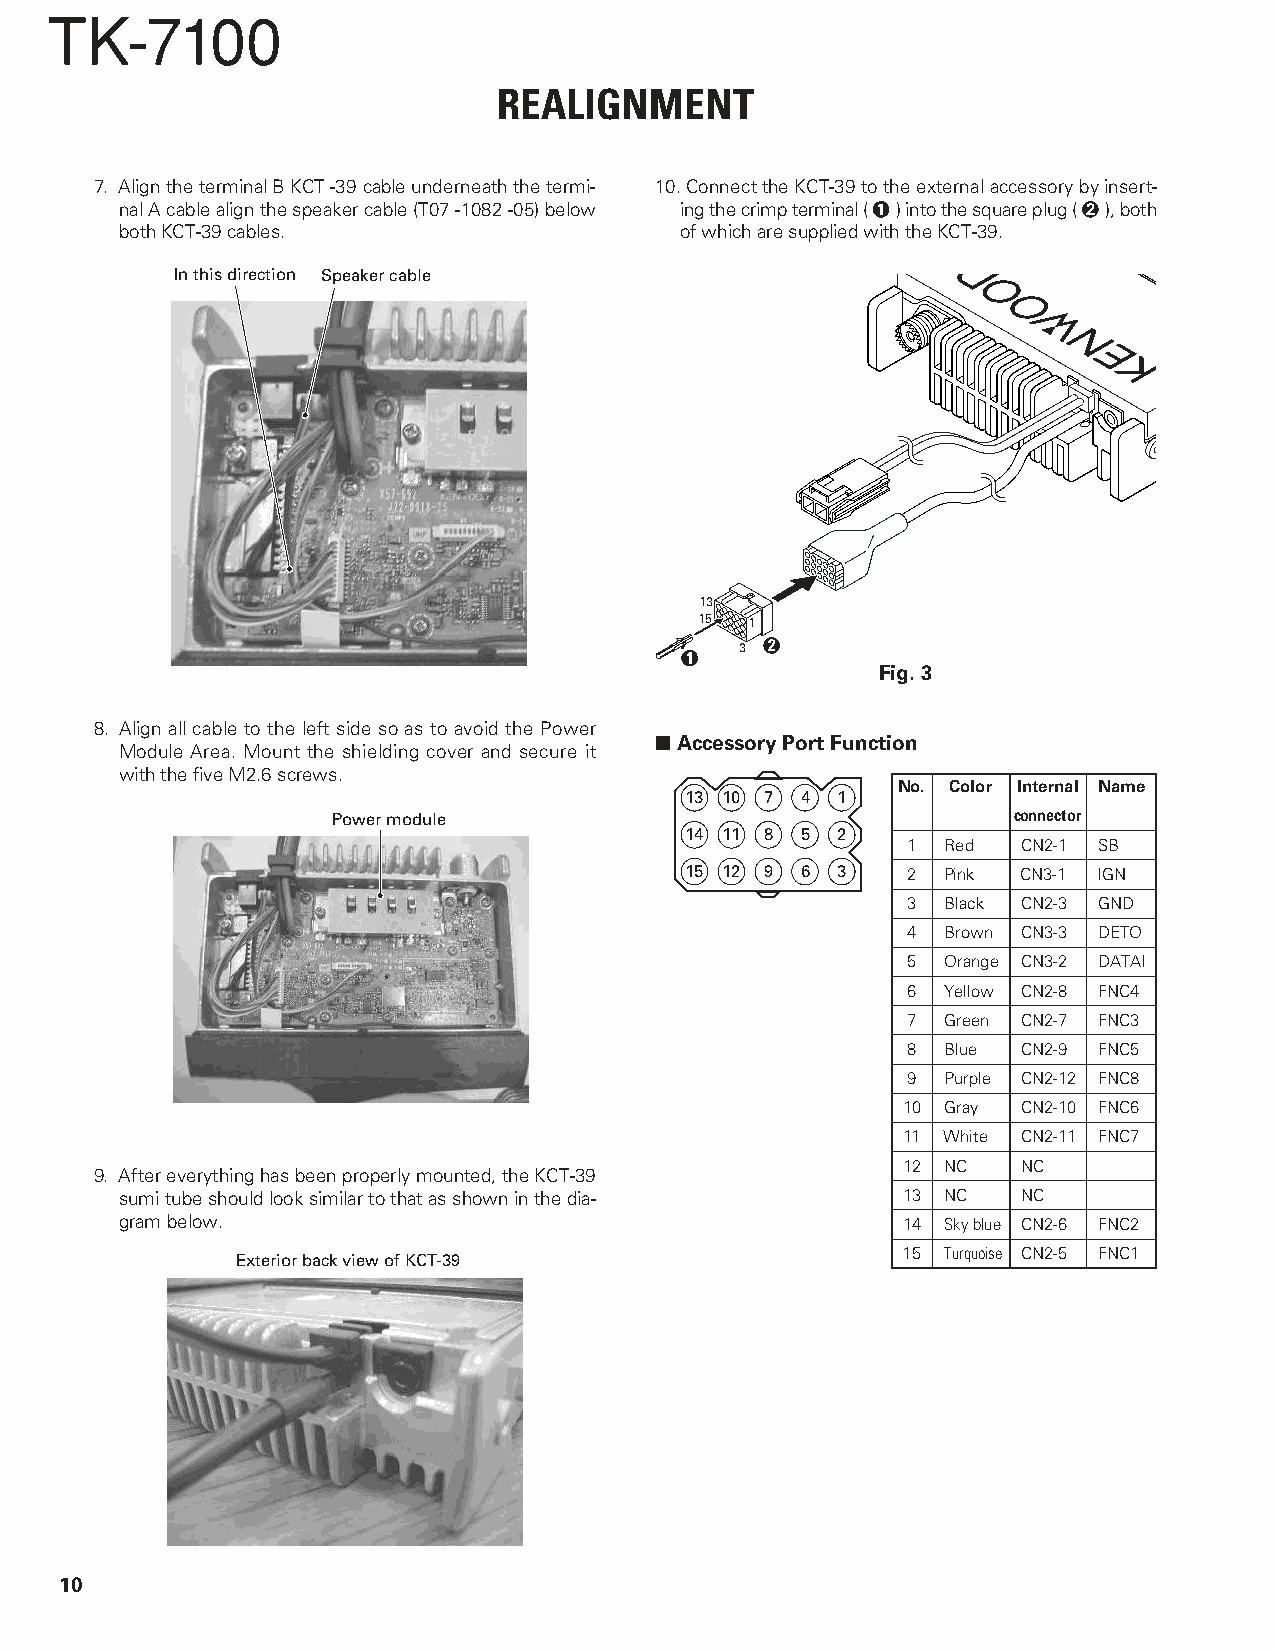
TK-7100
 REALIGNMENT
 7. Align the terminal B KCT -39 cable underneath the termi- 10. Connect the KCT-39 to the external accessory by insert-
 nal A cable align the speaker cable (T07 -1082 -05) below ing the crimp terminal ( 1 ) into the square plug ( 2 ), both
 both KCT-39 cables.                  of which are supplied with the KCT-39.
 In this direction Speaker cable
 13
 15  1
 3 2
 1
 Fig. 3
 8. Align all cable to the left side so as to avoid the Power
 ■ Accessory Port Function
 Module Area. Mount the shielding cover and secure it
 with the five M2.6 screws.
 No. Color Internal Name
 13 10 7 4 1
 Power module                                 connector
 14 11 8 5 2
 1  Red  CN2-1 SB
 15 12 9 6 3    2  Pink CN3-1 IGN
 3  Black CN2-3 GND
 4  Brown CN3-3 DETO
 5  Orange CN3-2 DATAI
 6  Yellow CN2-8 FNC4
 7  Green CN2-7 FNC3
 8  Blue CN2-9 FNC5
 9  Purple CN2-12 FNC8
 10 Gray CN2-10 FNC6
 11 White CN2-11 FNC7
 12 NC   NC
 9. After everything has been properly mounted, the KCT-39
 sumi tube should look similar to that as shown in the dia- 13 NC NC
 gram below.                                         14 Sky blue CN2-6 FNC2
 15 Turquoise CN2-5 FNC1
 Exterior back view of KCT-39
 10